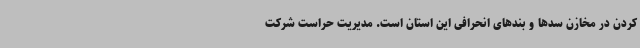
کردن در مخازن سدها و بندهای انحرافی این استان است. مدیریت حراست شرکت